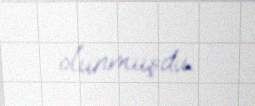
olunmuşdu.